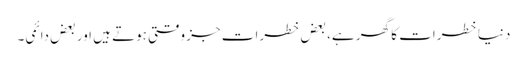
دنیا خطرات کا گھر ہے، بعض خطرات جز وقتی ہوتے ہیں اور بعض دائمی۔